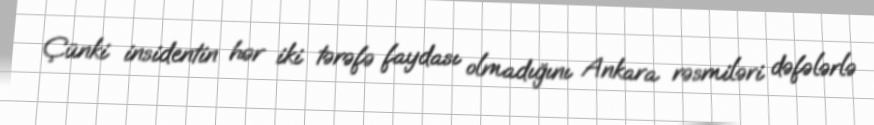
Çünki insidentin hər iki tərəfə faydası olmadığını Ankara rəsmiləri dəfələrlə